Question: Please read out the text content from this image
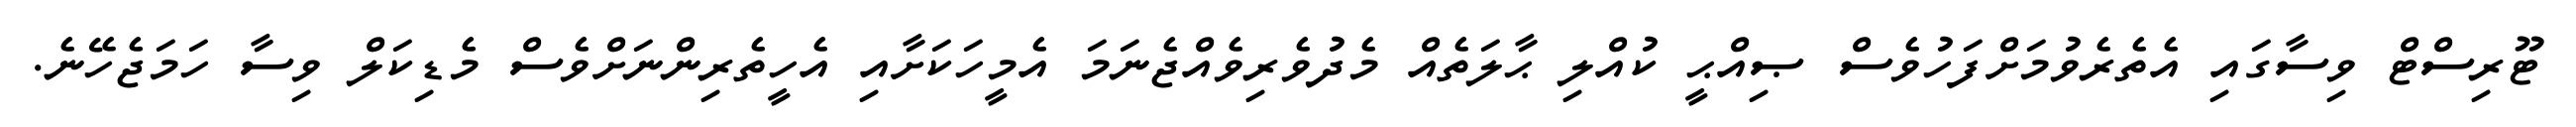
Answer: ޓޫރިސްޓް ވިސާގައި އެތެރެވުމަށްފަހުވެސް ޞިއްޙީ ކުއްލި ޙާލަތެއް މެދުވެރިވެއްޖެނަމަ އެމީހަކަށާއި އެހީތެރިންނަށްވެސް މެޑިކަލް ވިސާ ހަމަޖެހޭނެ.